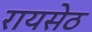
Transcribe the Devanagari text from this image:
रायसेठ